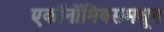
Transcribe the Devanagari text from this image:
एकॉनॉमिक्समधून